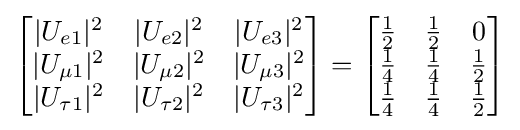
{\begin{bmatrix}|U_{e1}|^{2}&|U_{e2}|^{2}&|U_{e3}|^{2}\\|U_{\mu 1}|^{2}&|U_{\mu 2}|^{2}&|U_{\mu 3}|^{2}\\|U_{\tau 1}|^{2}&|U_{\tau 2}|^{2}&|U_{\tau 3}|^{2}\end{bmatrix}}={\begin{bmatrix}{\frac {1}{2}}&{\frac {1}{2}}&0\\{\frac {1}{4}}&{\frac {1}{4}}&{\frac {1}{2}}\\{\frac {1}{4}}&{\frac {1}{4}}&{\frac {1}{2}}\end{bmatrix}}